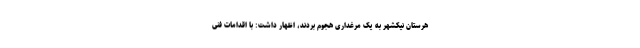
هرستان نیکشهر به یک مرغداری هجوم بردند، اظهار داشت: با اقدامات فنی